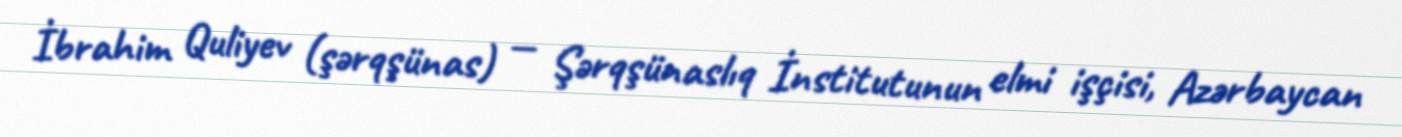
İbrahim Quliyev (şərqşünas) — Şərqşünaslıq İnstitutunun elmi işçisi, Azərbaycan